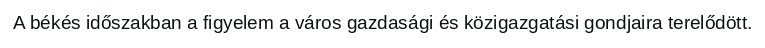
A békés időszakban a figyelem a város gazdasági és közigazgatási gondjaira terelődött.